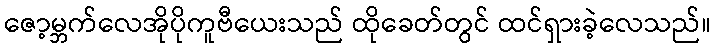
ဇော့မ္ဘက်လေအိုပိုကူဗီယေးသည် ထိုခေတ်တွင် ထင်ရှားခဲ့လေသည်။